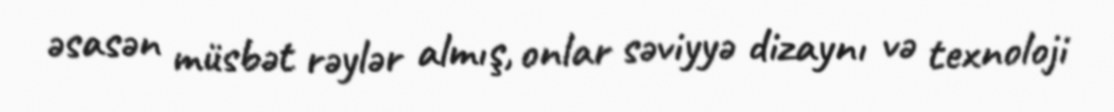
əsasən müsbət rəylər almış, onlar səviyyə dizaynı və texnoloji